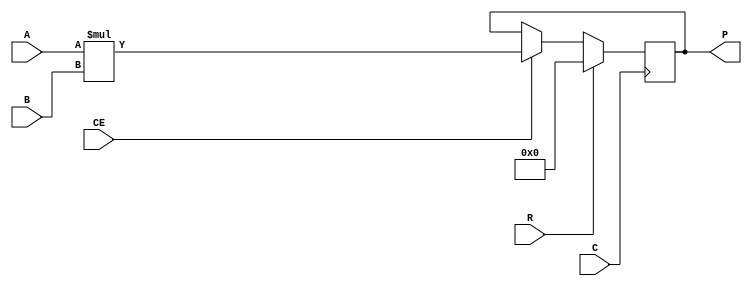
module MULT18X18S_1
  (output reg signed [35:0] P,
   input signed [17:0] A,
   input signed [17:0] B,
   input C,    
   input CE,   
   input R     
   );
   always @(posedge C)
     if(R)
       P <= 36'sd0;
     else if(CE)
       P <= A * B;
endmodule